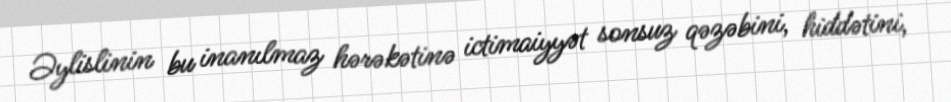
Əylislinin bu inanılmaz hərəkətinə ictimaiyyət sonsuz qəzəbini, hiddətini,